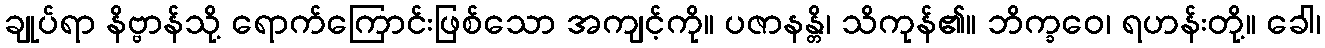
ချုပ်ရာ နိဗ္ဗာန်သို့ ရောက်ကြောင်းဖြစ်သော အကျင့်ကို။ ပဇာနန္တိ၊ သိကုန်၏။ ဘိက္ခဝေ၊ ရဟန်းတို့။ ခေါ၊